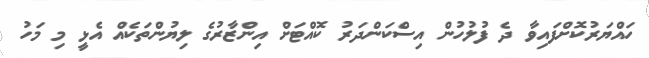
ހައްޔަރުކޮށްފައިވާ ދެ ފުލުހުން އިސްކަންދަރު ކޮއްޓަށް އިންޒާރުގެ ލިޔުންތަކެއް އެޅީ މި މަހު